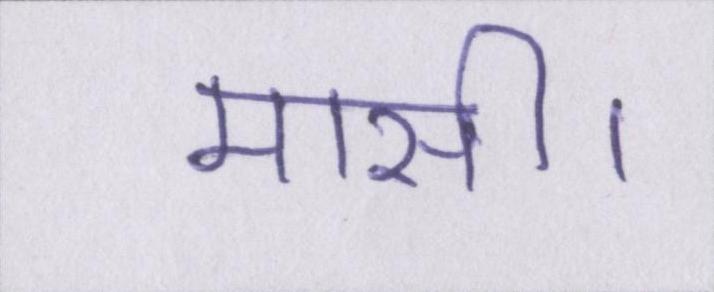
मासी।